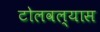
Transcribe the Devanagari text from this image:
टोलवल्यास